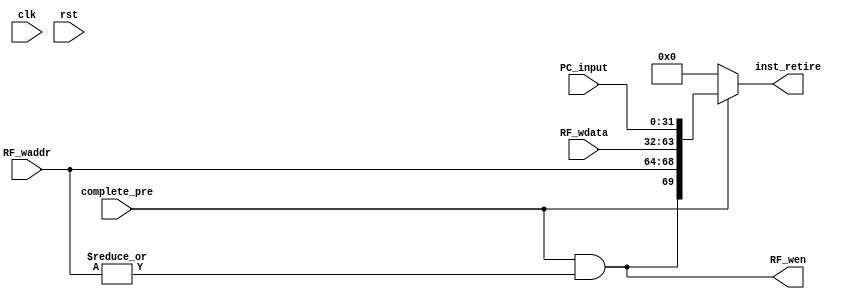
`timescale 10ns / 1ns

module state_WB(
    input               clk,
    input               rst,

    input       [31:0]  PC_input,       //PC()
    input               complete_pre,   //
    input       [ 4:0]  RF_waddr,       //
    input       [31:0]  RF_wdata,       //

    output              RF_wen,         //
    output  [69:0]  inst_retire     //
);
    reg tag;

    assign RF_wen = (complete_pre & (|RF_waddr));
    assign inst_retire = (complete_pre)? {RF_wen, RF_waddr, RF_wdata, PC_input} : 70'b0;

    always @ (posedge clk) begin
        if (rst) tag <= 1'b0;
        else if (complete_pre)
            tag <= 1'b1;
        else tag <= 1'b0;
    end
                                    
endmodule